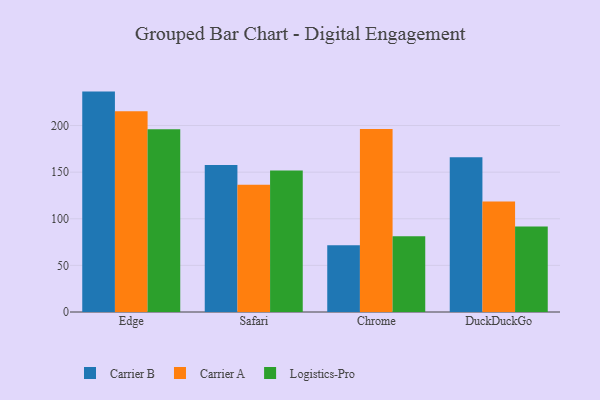
{"axis": {"x": "Browser", "y": "Net Income (USD K)"}, "legend": ["Carrier A", "Carrier B", "Logistics-Pro"], "data": [{"x": "Edge", "y": 236.4, "type": "Carrier B"}, {"x": "Edge", "y": 215.4, "type": "Carrier A"}, {"x": "Edge", "y": 195.9, "type": "Logistics-Pro"}, {"x": "Safari", "y": 157.8, "type": "Carrier B"}, {"x": "Safari", "y": 136.4, "type": "Carrier A"}, {"x": "Safari", "y": 151.7, "type": "Logistics-Pro"}, {"x": "Chrome", "y": 71.6, "type": "Carrier B"}, {"x": "Chrome", "y": 196.4, "type": "Carrier A"}, {"x": "Chrome", "y": 81.3, "type": "Logistics-Pro"}, {"x": "DuckDuckGo", "y": 166.0, "type": "Carrier B"}, {"x": "DuckDuckGo", "y": 118.6, "type": "Carrier A"}, {"x": "DuckDuckGo", "y": 91.6, "type": "Logistics-Pro"}]}